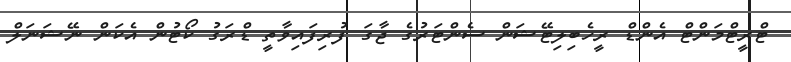
ޓްރީޓްމަންޓް އެންޑް ރީހެބިލިޓޭޝަން ސެންޓަރުގެ ޖާގަ ފުރިފައިވާތީ ޑްރަގު ކޯޓުން އެކަން ނޭޝަނަލް